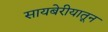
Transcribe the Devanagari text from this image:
सायबेरीयातून